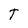
Character: T